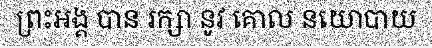
ព្រះអង្គ បាន រក្សា នូវ គោល នយោបាយ